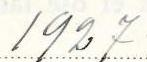
1937